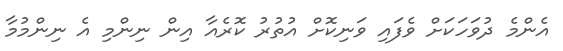
އެންމެ ދުވަހަކަށް ވެފައި ވަނިކޮށް އުތުރު ކޮރެއާ އިން ނިންމި އެ ނިންމުމާ